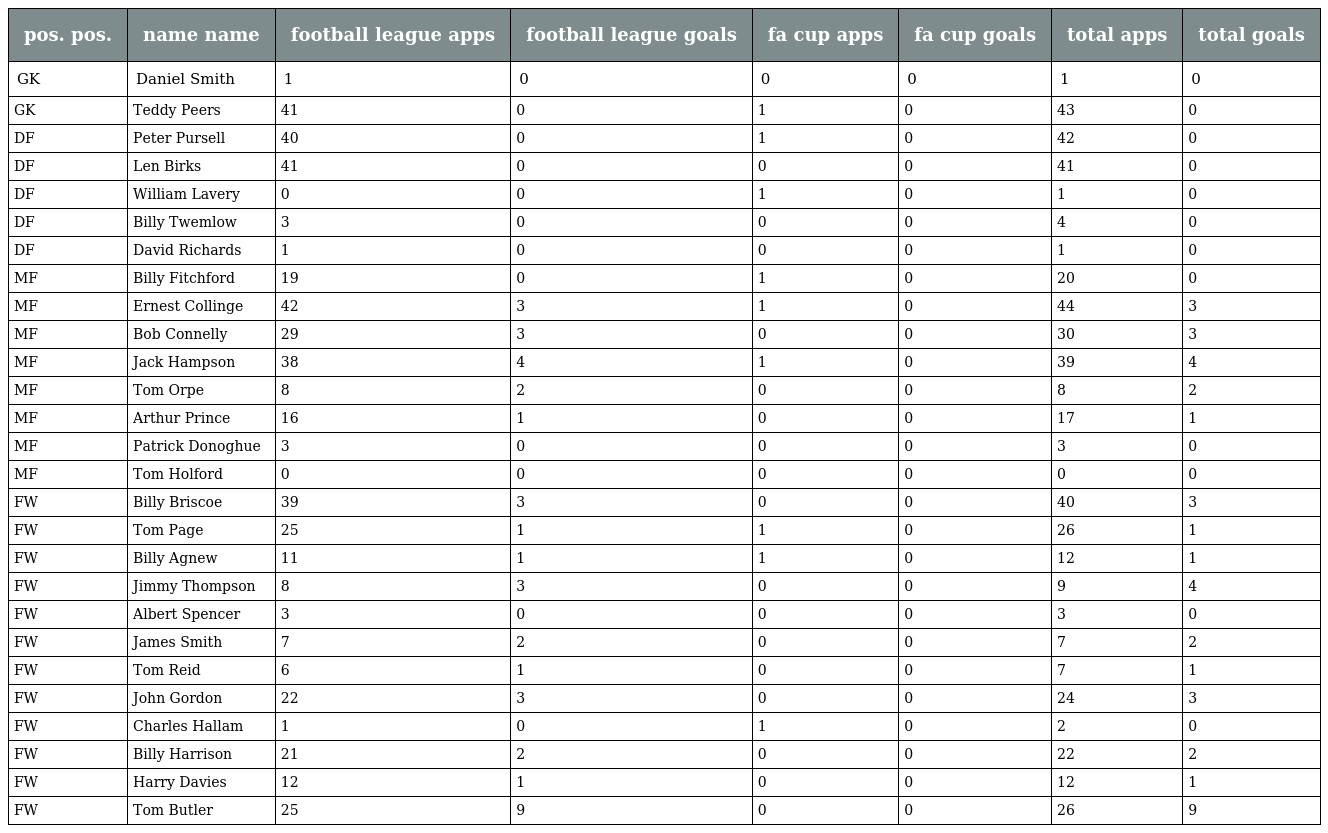
| pos. pos. | name name | football league apps | football league goals | fa cup apps | fa cup goals | total apps | total goals |
 | --- | --- | --- | --- | --- | --- | --- | --- |
 | GK | Daniel Smith | 1 | 0 | 0 | 0 | 1 | 0 |
 | GK | Teddy Peers | 41 | 0 | 1 | 0 | 43 | 0 |
 | DF | Peter Pursell | 40 | 0 | 1 | 0 | 42 | 0 |
 | DF | Len Birks | 41 | 0 | 0 | 0 | 41 | 0 |
 | DF | William Lavery | 0 | 0 | 1 | 0 | 1 | 0 |
 | DF | Billy Twemlow | 3 | 0 | 0 | 0 | 4 | 0 |
 | DF | David Richards | 1 | 0 | 0 | 0 | 1 | 0 |
 | MF | Billy Fitchford | 19 | 0 | 1 | 0 | 20 | 0 |
 | MF | Ernest Collinge | 42 | 3 | 1 | 0 | 44 | 3 |
 | MF | Bob Connelly | 29 | 3 | 0 | 0 | 30 | 3 |
 | MF | Jack Hampson | 38 | 4 | 1 | 0 | 39 | 4 |
 | MF | Tom Orpe | 8 | 2 | 0 | 0 | 8 | 2 |
 | MF | Arthur Prince | 16 | 1 | 0 | 0 | 17 | 1 |
 | MF | Patrick Donoghue | 3 | 0 | 0 | 0 | 3 | 0 |
 | MF | Tom Holford | 0 | 0 | 0 | 0 | 0 | 0 |
 | FW | Billy Briscoe | 39 | 3 | 0 | 0 | 40 | 3 |
 | FW | Tom Page | 25 | 1 | 1 | 0 | 26 | 1 |
 | FW | Billy Agnew | 11 | 1 | 1 | 0 | 12 | 1 |
 | FW | Jimmy Thompson | 8 | 3 | 0 | 0 | 9 | 4 |
 | FW | Albert Spencer | 3 | 0 | 0 | 0 | 3 | 0 |
 | FW | James Smith | 7 | 2 | 0 | 0 | 7 | 2 |
 | FW | Tom Reid | 6 | 1 | 0 | 0 | 7 | 1 |
 | FW | John Gordon | 22 | 3 | 0 | 0 | 24 | 3 |
 | FW | Charles Hallam | 1 | 0 | 1 | 0 | 2 | 0 |
 | FW | Billy Harrison | 21 | 2 | 0 | 0 | 22 | 2 |
 | FW | Harry Davies | 12 | 1 | 0 | 0 | 12 | 1 |
 | FW | Tom Butler | 25 | 9 | 0 | 0 | 26 | 9 |